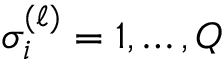
\sigma _ { i } ^ { ( \ell ) } = 1 , \ldots , Q